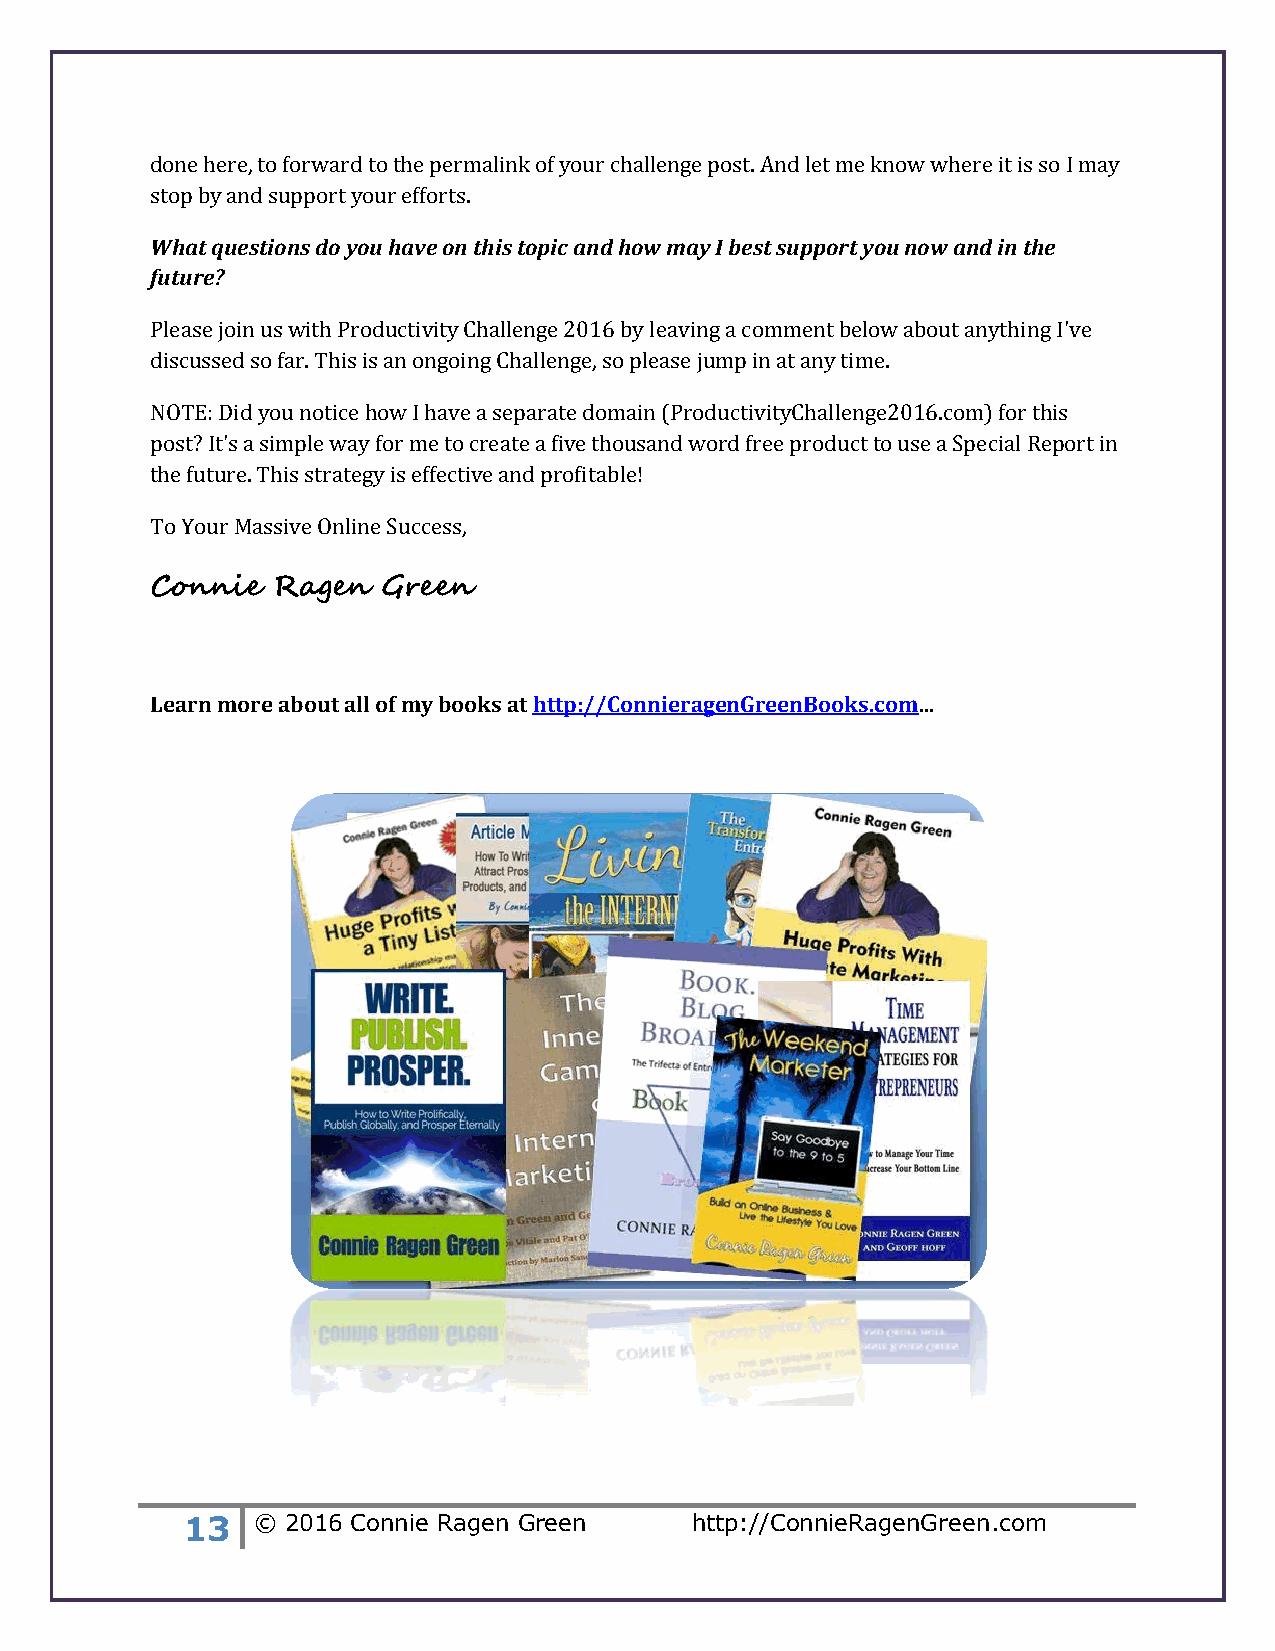
done here, to forward to the permalink of your challenge post. And let me know where it is so I may
 stop by and support your efforts.
 What questions do you have on this topic and how may I best support you now and in the
 future?
 Please join us with Productivity Challenge 2016 by leaving a comment below about anything I've
 discussed so far. This is an ongoing Challenge, so please jump in at any time.
 NOTE: Did you notice how I have a separate domain (ProductivityChallenge2016.com) for this
 post? It's a simple way for me to create a five thousand word free product to use a Special Report in
 the future. This strategy is effective and profitable!
 To Your Massive Online Success,
 Connie  Ragen  Green
 Learn more about all of my books at http://ConnieragenGreenBooks.com...
 13   © 2016 Connie Ragen Green    http://ConnieRagenGreen.com